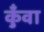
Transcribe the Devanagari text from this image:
कुँवा